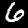
Label: 6